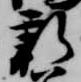
新